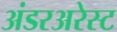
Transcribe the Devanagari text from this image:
अंडरअरेस्ट